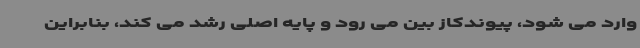
وارد می شود، پیوندکاز بین می رود و پایه اصلی رشد می کند، بنابراین